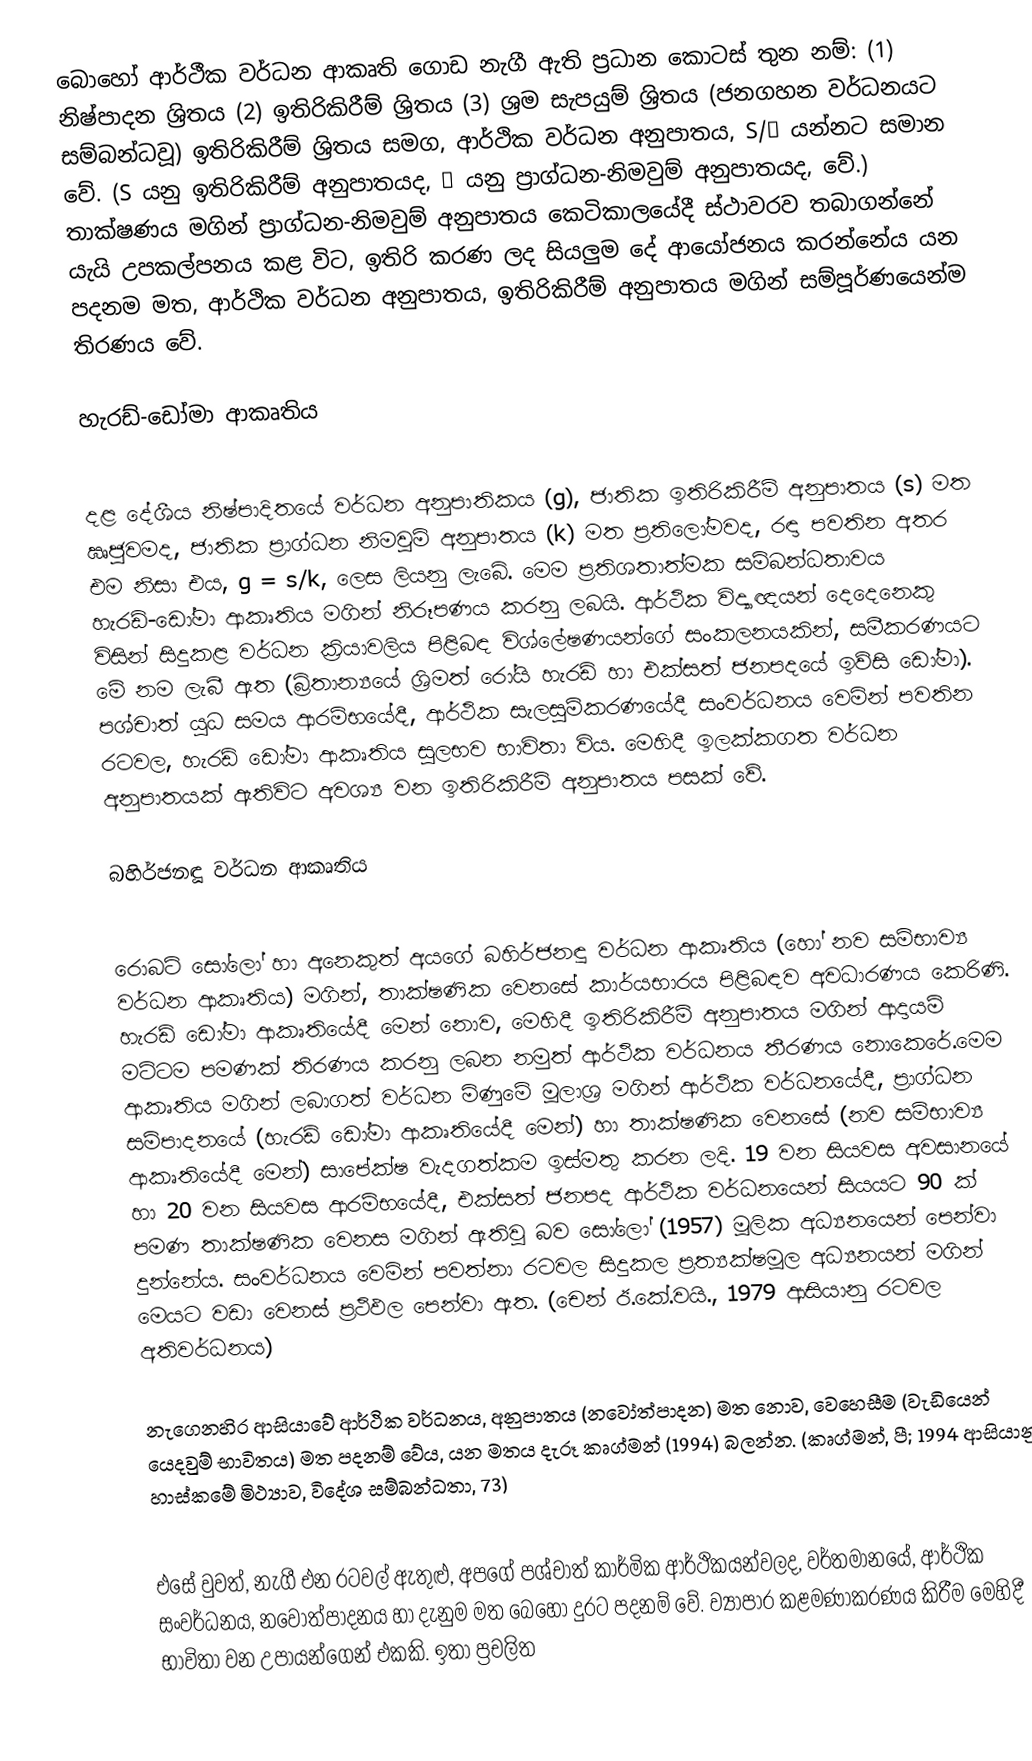
බොහෝ ආර්ථීක වර්ධන ආකෘති ගොඩ නැගී ඇති ප්‍රධාන කොටස් තුන නම්: (1) නිෂ්පාදන ශ්‍රිතය (2) ඉතිරිකිරීම් ශ්‍රිතය (3) ශ්‍රම සැපයුම් ශ්‍රිතය (ජනගහන වර්ධනයට සම්බන්ධවූ) ඉතිරිකිරීම් ශ්‍රිතය සමග, ආර්ථික වර්ධන අනුපාතය, S/β යන්නට සමාන වේ. (S යනු ඉතිරිකිරීම් අනුපාතයද, β යනු ප්‍රාග්ධන-නිමවුම් අනුපාතයද, වේ.) තාක්ෂණය මගින් ප්‍රාග්ධන-නිමවුම් අනුපාතය කෙටිකාලයේදී ස්ථාවරව තබාගන්නේ යැයි උපකල්පනය කළ විට, ඉතිරි කරණ ලද සියලුම දේ ආයෝජනය කරන්නේය යන පදනම මත, ආර්ථික වර්ධන අනුපාතය, ඉතිරිකිරීම් අනුපාතය මගින් සම්පූර්ණයෙන්ම තිරණය වේ.

හැරඩ්-ඩෝමා ආකෘතිය

දළ දේශීය නිෂ්පාදිතයේ වර්ධන අනුපාතිකය (g), ජාතික ඉතිරිකිරීම් අනුපාතය (s) මත ඍජුවමද, ජාතික ප්‍රාග්ධන නිමවුම් අනුපාතය (k) මත ප්‍රතිලෝමවද, රඳා පවතින අතර එම නිසා එය, g = s/k, ලෙස ලියනු ලැබේ. මෙම ප්‍රතිශතාත්මක සම්බන්ධතාවය හැරඩ්-ඩෝමා ආකෘතිය මගින් නිරූපණය කරනු ලබයි. ආර්ථික විද්‍යාඥයන් දෙදෙනෙකු විසින් සිදුකළ වර්ධන ක්‍රියාවලිය පිළිබඳ විශ්ලේෂණයන්ගේ සංකලනයකින්, සමීකරණයට මේ නම ලැබී ඇත (බ්‍රිතාන්‍යයේ ශ්‍රිමත් රෝයි හැරඩ් හා එක්සත් ජනපදයේ ඉව්සි ඩෝමා). පශ්චාත් යුධ සමය ආරම්භයේදී, ආර්ථික සැලසුම්කරණයේදී සංවර්ධනය වෙමින් පවතින රටවල, හැරඩ් ඩෝමා ආකෘතිය සුලභව භාවිතා විය. මෙහිදී ඉලක්කගත වර්ධන අනුපාතයක් ඇතිවිට අවශ්‍ය වන ඉතිරිකිරීම් අනුපාතය පසක් වේ.

බහිර්ජන වර්ධන ආකෘතිය

රොබට් සෝලෝ හා අනෙකුත් අයගේ බහිර්ජන වර්ධන ආකෘතිය (හෝ නව සම්භාව්‍ය වර්ධන ආකෘතිය) මගින්, තාක්ෂණික වෙනසේ කාර්යභාරය පිළිබඳව අවධාරණය කෙරිණි. හැරඩ් ඩෝමා ආකෘතියේදී මෙන් නොව, මෙහිදී ඉතිරිකිරීම් අනුපාතය මගින් ආදායම් මට්ටම පමණක් තිරණය කරනු ලබන නමුත් ආර්ථික වර්ධනය තීරණය නොකෙරේ.මෙම ආකෘතිය මගින් ලබාගත් වර්ධන මිණුමේ මූලාශ්‍ර මගින් ආර්ථික වර්ධනයේදී, ප්‍රාග්ධන සම්පාදනයේ (හැරඩ් ඩෝමා ආකෘතියේදී මෙන්) හා තාක්ෂණික වෙනසේ (නව සම්භාව්‍ය ආකෘතියේදී මෙන්) සාපේක්ෂ වැදගත්කම ඉස්මතු කරන ලදි. 19 වන සියවස අවසානයේ හා 20 වන සියවස ආරම්භයේදී, එක්සත් ජනපද ආර්ථික වර්ධනයෙන් සියයට 90 ක් පමණ තාක්ෂණික වෙනස මගින් ඇතිවූ බව සෝලෝ (1957) මූලික අධ්‍යනයෙන් පෙන්වා දුන්නේය. සංවර්ධනය වෙමින් පවත්නා රටවල සිදුකල ප්‍රත්‍යක්ෂමූල අධ්‍යනයන් මගින් මෙයට වඩා වෙනස් ප්‍රථිඵල පෙන්වා ඇත. (චෙන් ඊ.කේ.වයි., 1979 ආසියානු රටවල අතිවර්ධනය)

නැගෙනහිර ආසියාවේ ආර්ථික වර්ධනය, අනුපාතය (නවෝත්පාදන) මත නොව, වෙහෙසීම (වැඩියෙන් යෙදවුම් භාවිතය) මත පදනම් වේය, යන මතය දැරූ කෘග්මන් (1994) බලන්න. (කෘග්මන්, පී; 1994 ආසියානු හාස්කමේ මිථ්‍යාව, විදේශ සම්බන්ධතා, 73)

එසේ වුවත්, නැගී එන රටවල් ඇතුළු, අපගේ පශ්චාත් කාර්මික ආර්ථිකයන්වලද, වර්තමානයේ, ආර්ථික සංවර්ධනය, නවෝත්පාදනය හා දැනුම මත බෙහෝ දුරට පදනම් වේ. ව්‍යාපාර කළමණාකරණය කිරීම මෙහිදී භාවිතා වන උපායන්ගෙන් එකකි. ඉතා ප්‍රචලිත